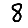
Digit: 8